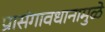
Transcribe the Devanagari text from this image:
प्रासंगावधानामुळे